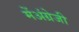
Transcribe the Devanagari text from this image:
मेंअंग्रेजी